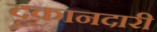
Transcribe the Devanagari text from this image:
दूकानदारी